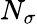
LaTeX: N_{\sigma}